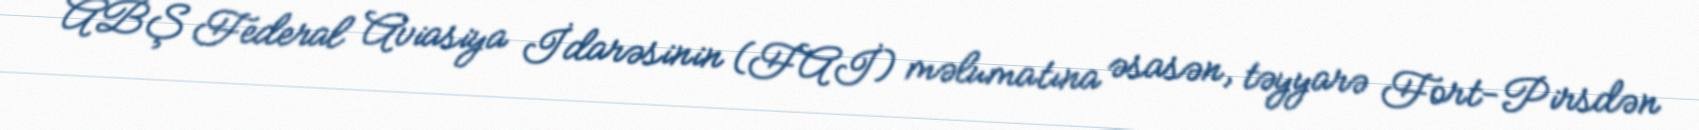
ABŞ Federal Aviasiya İdarəsinin (FAİ) məlumatına əsasən, təyyarə Fort-Pirsdən